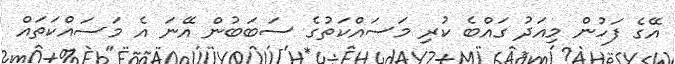
އޭގެ ފަހުން މިއަދު ގައްބެ ކުރި މަސައްކަތުގެ ސަބަބުން އޭނަ އެ މަސައްކަތައް